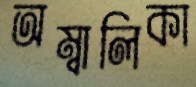
অম্বালিকা